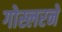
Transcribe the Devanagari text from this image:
गोस्लरने